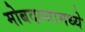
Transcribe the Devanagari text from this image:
मोबदल्यामध्ये